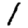
Digit: 1